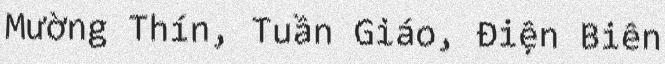
Mường Thín, Tuần Giáo, Điện Biên